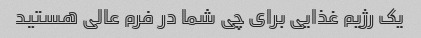
یک رژیم غذایی برای چی شما در فرم عالی هستید